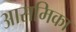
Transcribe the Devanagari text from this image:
आसमिका